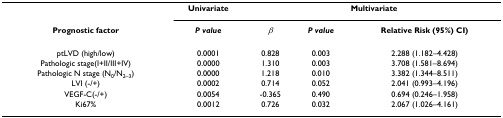
<table><thead><tr><td></td><td><b>Univariate</b></td><td colspan="3"><b>Multivariate</b></td></tr><tr><td><b>Prognostic factor</b></td><td><b><i>P value</i></b></td><td><b><i>β</i></b></td><td><b><i>P value</i></b></td><td><b>Relative Risk (95%) CI)</b></td></tr></thead><tbody><tr><td>ptLVD (high/low)</td><td>0.0001</td><td>0.828</td><td>0.003</td><td>2.288 (1.182–4.428)</td></tr><tr><td>Pathologic stage(I+II/III+IV)</td><td>0.0000</td><td>1.310</td><td>0.003</td><td>3.708 (1.581–8.694)</td></tr><tr><td>Pathologic N stage (N<sub>0</sub>/N<sub>2–3</sub>)</td><td>0.0000</td><td>1.218</td><td>0.010</td><td>3.382 (1.344–8.511)</td></tr><tr><td>LVI (-/+)</td><td>0.0002</td><td>0.714</td><td>0.052</td><td>2.041 (0.993–4.196)</td></tr><tr><td>VEGF-C(-/+)</td><td>0.0054</td><td>-0.365</td><td>0.490</td><td>0.694 (0.246–1.958)</td></tr><tr><td>Ki67%</td><td>0.0012</td><td>0.726</td><td>0.032</td><td>2.067 (1.026–4.161)</td></tr></tbody></table>